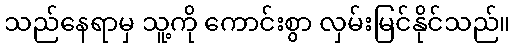
သည်နေရာမှ သူ့ကို ကောင်းစွာ လှမ်းမြင်နိုင်သည်။